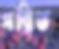
সম্বিত